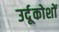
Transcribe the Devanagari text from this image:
उर्दूकोशों